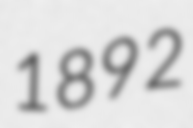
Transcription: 1892